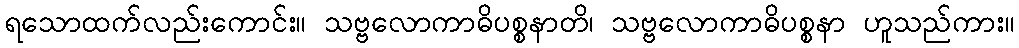
ရသောထက်လည်းကောင်း။ သဗ္ဗလောကာဓိပစ္စနာတိ၊ သဗ္ဗလောကာဓိပစ္စနာ ဟူသည်ကား။